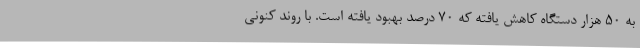
به 50 هزار دستگاه کاهش یافته که 70 درصد بهبود یافته است. با روند کنونی